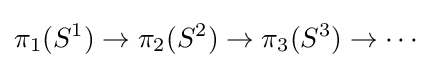
\pi _{1}(S^{1})\to \pi _{2}(S^{2})\to \pi _{3}(S^{3})\to \cdots